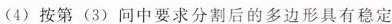
(4)按第(3)问中要求分割后的多边形具有稳定